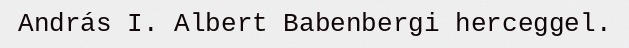
András I. Albert Babenbergi herceggel.